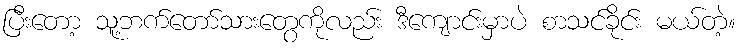
ပြီးတော့ သူ့ဘက်တော်သားတွေကိုလည်း ဒီကျောင်းမှာပဲ စာသင်ခိုင်း မယ်တဲ့။